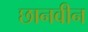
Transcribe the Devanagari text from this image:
छानवीन